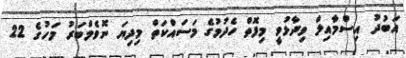
އަބުދު އިސްމާއިލް ވިދާޅުވީ މިފޮތް ހެދުމުގެ މަސައްކަތް މިދިޔަ ނޮވެމްބަރު މަހުގެ 22